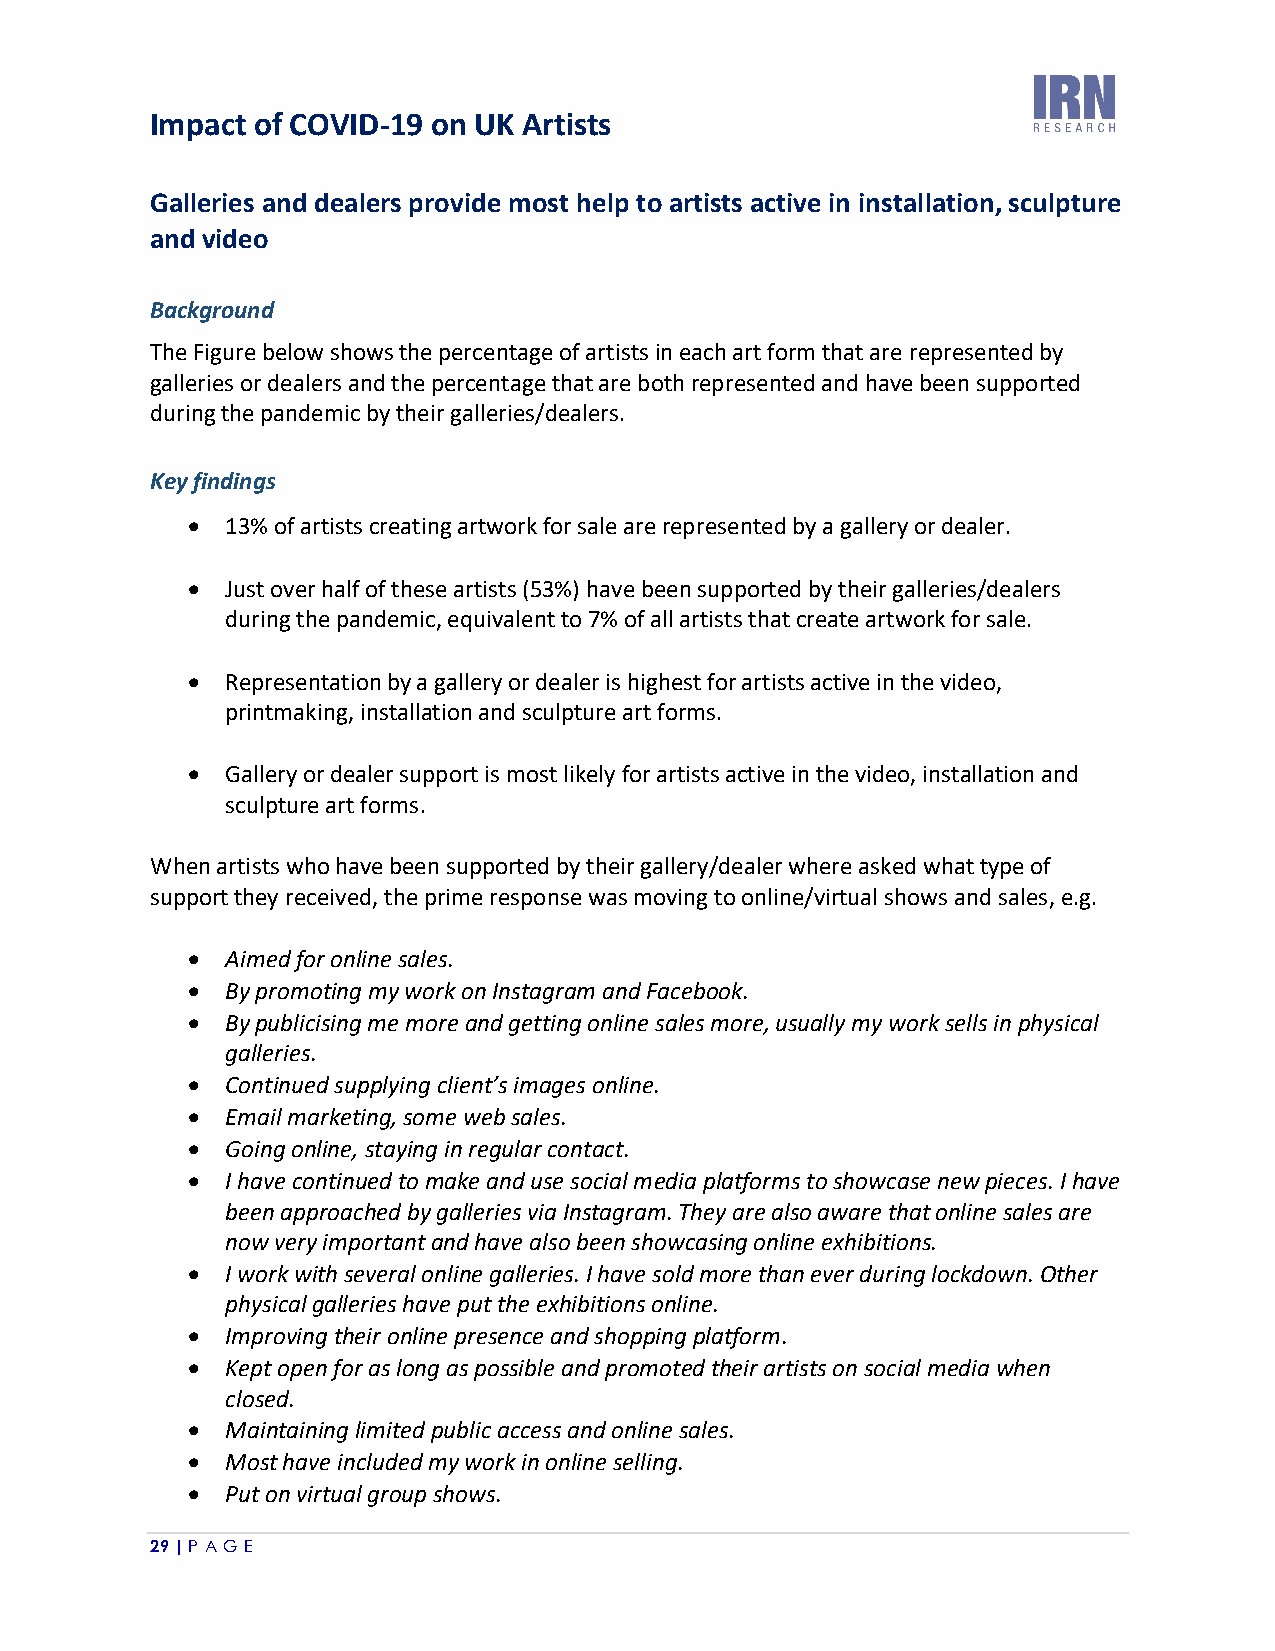
Impact of COVID-19 on UK Artists
 Galleries and dealers provide most help to artists active in installation, sculpture
 and video
 Background
 The Figure below shows the percentage of artists in each art form that are represented by
 galleries or dealers and the percentage that are both represented and have been supported
 during the pandemic by their galleries/dealers.
 Key findings
 •  13% of artists creating artwork for sale are represented by a gallery or dealer.
 •  Just over half of these artists (53%) have been supported by their galleries/dealers
 during the pandemic, equivalent to 7% of all artists that create artwork for sale.
 •  Representation by a gallery or dealer is highest for artists active in the video,
 printmaking, installation and sculpture art forms.
 •  Gallery or dealer support is most likely for artists active in the video, installation and
 sculpture art forms.
 When artists who have been supported by their gallery/dealer where asked what type of
 support they received, the prime response was moving to online/virtual shows and sales, e.g.
 •  Aimed for online sales.
 •  By promoting my work on Instagram and Facebook.
 •  By publicising me more and getting online sales more, usually my work sells in physical
 galleries.
 •  Continued supplying client’s images online.
 •  Email marketing, some web sales.
 •  Going online, staying in regular contact.
 •  I have continued to make and use social media platforms to showcase new pieces. I have
 been approached by galleries via Instagram. They are also aware that online sales are
 now very important and have also been showcasing online exhibitions.
 •  I work with several online galleries. I have sold more than ever during lockdown. Other
 physical galleries have put the exhibitions online.
 •  Improving their online presence and shopping platform.
 •  Kept open for as long as possible and promoted their artists on social media when
 closed.
 •  Maintaining limited public access and online sales.
 •  Most have included my work in online selling.
 •  Put on virtual group shows.
 29 | P A GE